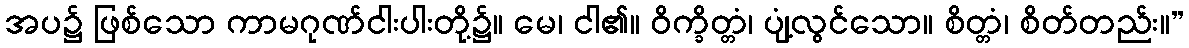
အပ၌ ဖြစ်သော ကာမဂုဏ်ငါးပါးတို့၌။ မေ၊ ငါ၏။ ဝိက္ခိတ္တံ၊ ပျံ့လွင်သော။ စိတ္တံ၊ စိတ်တည်း။”